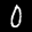
Label: 0